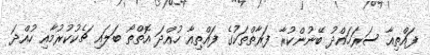
ފައްތިއާ ސަރަހައްދު ބޭނުންކުރާ ފަރާތްތަކުގެ ފައްތިއާ ހުއްދަ އޮތްތޯ ބަލައި ޗެކުކުރުމާއި ހުއްދަ